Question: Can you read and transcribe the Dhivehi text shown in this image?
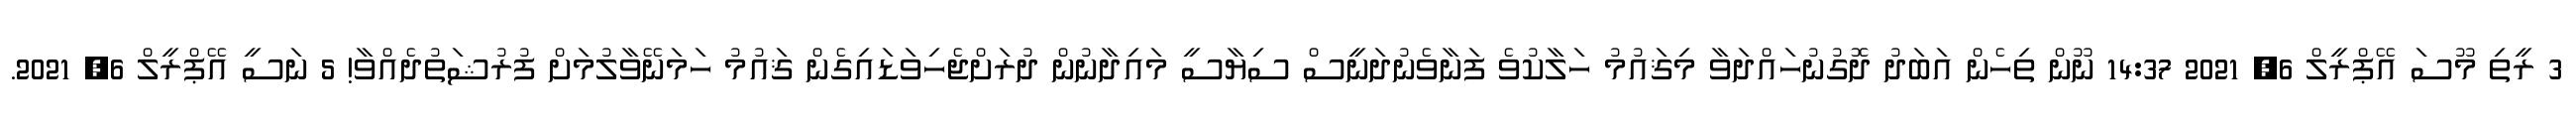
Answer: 3 ރީތި މޫސަ އޭޕްރީލް 6, 2021 14:37 ނޫން ތިހެން އަބަދު ދޮގުނުހައްދަވާ މިޤައުމު ހަލާކުވެ ފަނާވެނުދަނީސް ސިޔާސީ މައިދާނުން ދުރަށްޖެހިވަޑައިގެން ޤައުމު ހަމަނޭވާލުމަށް ފުރުޝަތުދެއްވާ! 5 ނަސީ އޭޕްރީލް 6, 2021.